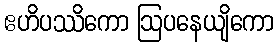
ဧဟိပဿိကော ဩပနေယျိကော